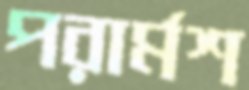
পরার্মশ